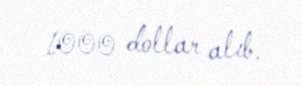
1000 dollar alıb.